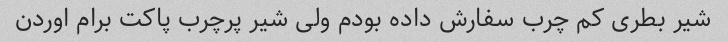
شیر بطری کم چرب سفارش داده بودم ولی شیر پرچرب پاکت برام اوردن